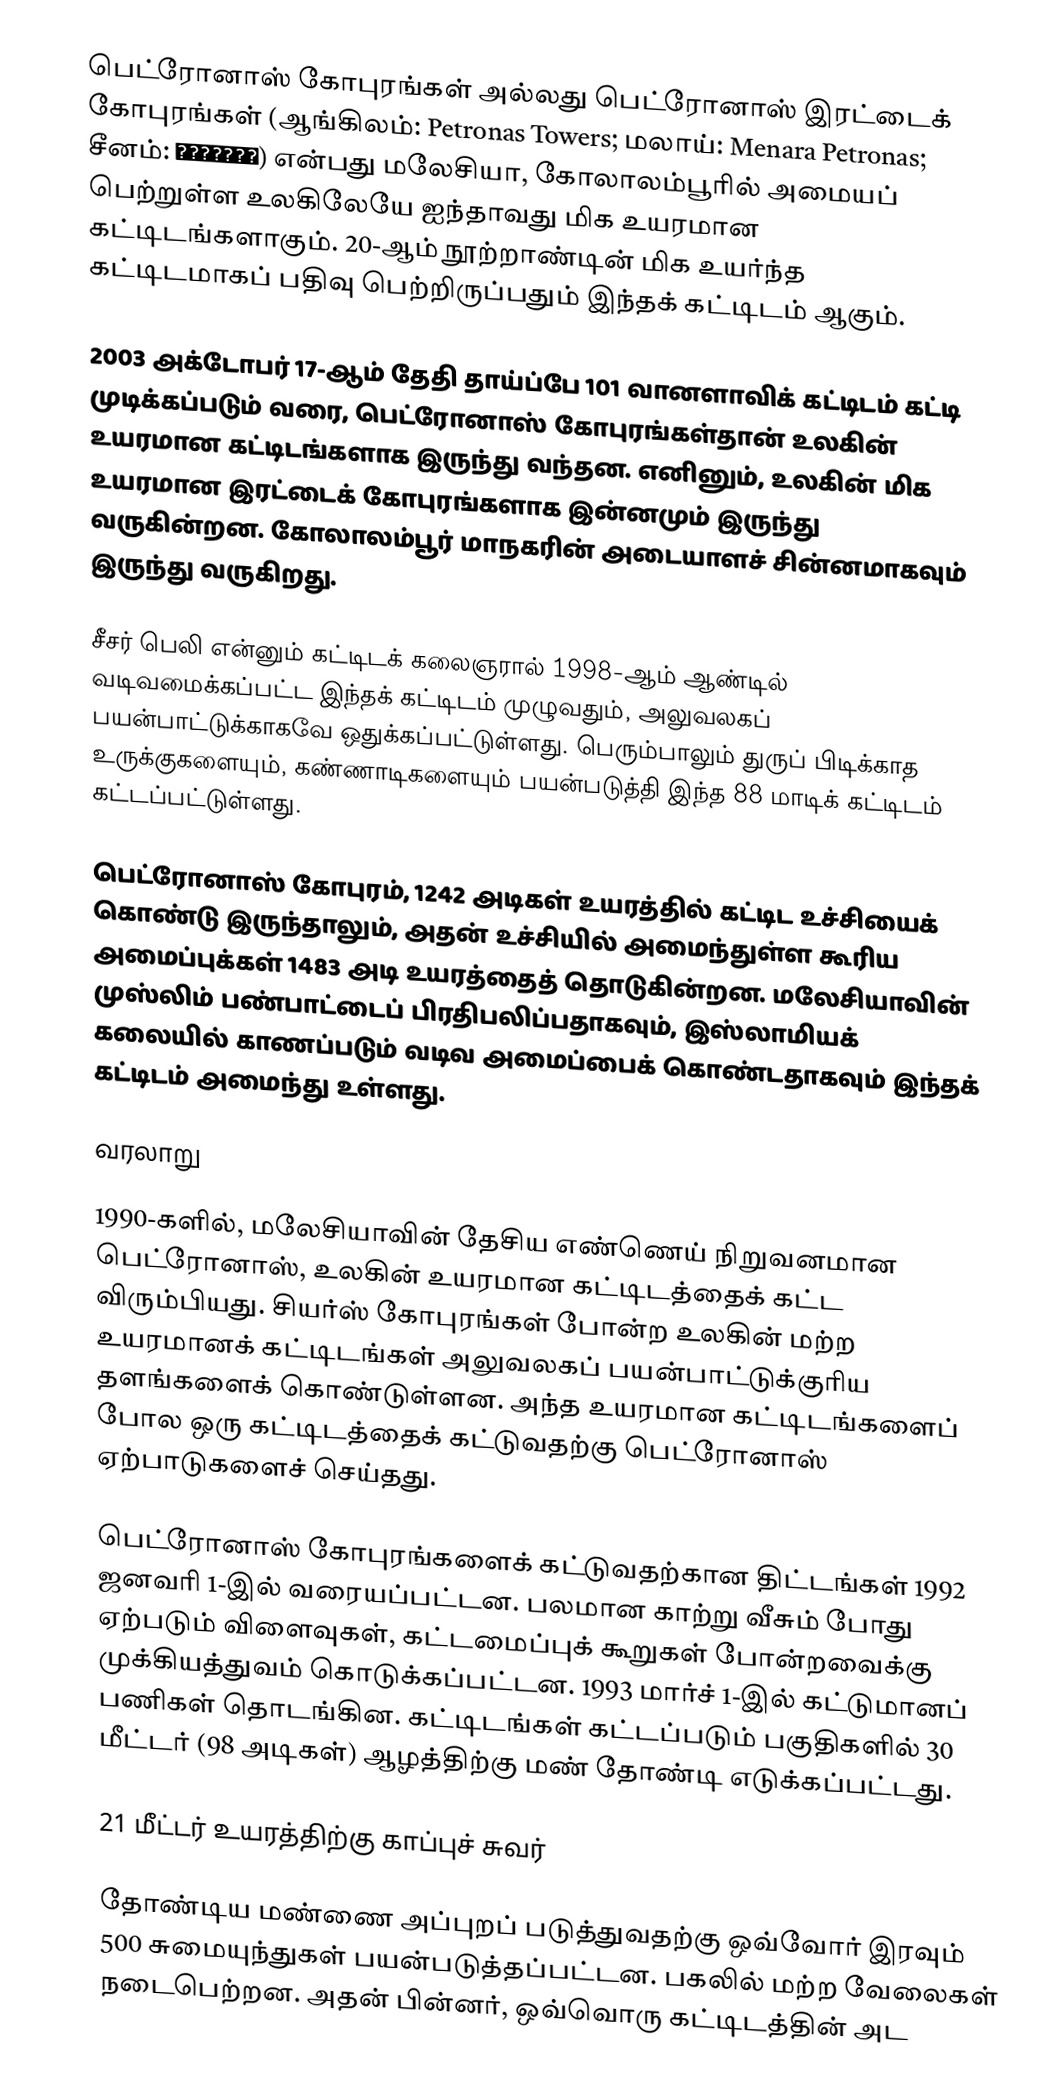
பெட்ரோனாஸ் கோபுரங்கள் அல்லது பெட்ரோனாஸ் இரட்டைக் கோபுரங்கள் (ஆங்கிலம்: Petronas Towers; மலாய்: Menara Petronas; சீனம்: 大马国油双峰塔) என்பது மலேசியா, கோலாலம்பூரில் அமையப் பெற்றுள்ள உலகிலேயே ஐந்தாவது மிக உயரமான கட்டிடங்களாகும். 20-ஆம் நூற்றாண்டின் மிக உயர்ந்த கட்டிடமாகப் பதிவு பெற்றிருப்பதும் இந்தக் கட்டிடம் ஆகும்.

2003 அக்டோபர் 17-ஆம் தேதி தாய்ப்பே 101 வானளாவிக் கட்டிடம் கட்டி முடிக்கப்படும் வரை, பெட்ரோனாஸ் கோபுரங்கள்தான் உலகின் உயரமான கட்டிடங்களாக இருந்து வந்தன. எனினும், உலகின் மிக உயரமான இரட்டைக் கோபுரங்களாக இன்னமும் இருந்து வருகின்றன. கோலாலம்பூர் மாநகரின் அடையாளச் சின்னமாகவும் இருந்து வருகிறது.

சீசர் பெலி என்னும் கட்டிடக் கலைஞரால் 1998-ஆம் ஆண்டில் வடிவமைக்கப்பட்ட இந்தக் கட்டிடம் முழுவதும், அலுவலகப் பயன்பாட்டுக்காகவே ஒதுக்கப்பட்டுள்ளது. பெரும்பாலும் துருப் பிடிக்காத உருக்குகளையும், கண்ணாடிகளையும் பயன்படுத்தி இந்த 88 மாடிக் கட்டிடம் கட்டப்பட்டுள்ளது.

பெட்ரோனாஸ் கோபுரம், 1242 அடிகள் உயரத்தில் கட்டிட உச்சியைக் கொண்டு இருந்தாலும், அதன் உச்சியில் அமைந்துள்ள கூரிய அமைப்புக்கள் 1483 அடி உயரத்தைத் தொடுகின்றன. மலேசியாவின் முஸ்லிம் பண்பாட்டைப் பிரதிபலிப்பதாகவும், இஸ்லாமியக் கலையில் காணப்படும் வடிவ அமைப்பைக் கொண்டதாகவும் இந்தக் கட்டிடம் அமைந்து உள்ளது.

வரலாறு

1990-களில், மலேசியாவின் தேசிய எண்ணெய் நிறுவனமான பெட்ரோனாஸ், உலகின் உயரமான கட்டிடத்தைக் கட்ட விரும்பியது. சியர்ஸ் கோபுரங்கள் போன்ற உலகின் மற்ற உயரமானக் கட்டிடங்கள் அலுவலகப் பயன்பாட்டுக்குரிய தளங்களைக் கொண்டுள்ளன. அந்த உயரமான கட்டிடங்களைப் போல ஒரு கட்டிடத்தைக் கட்டுவதற்கு பெட்ரோனாஸ் ஏற்பாடுகளைச் செய்தது.

பெட்ரோனாஸ் கோபுரங்களைக் கட்டுவதற்கான திட்டங்கள் 1992 ஜனவரி 1-இல் வரையப்பட்டன. பலமான காற்று வீசும் போது ஏற்படும் விளைவுகள், கட்டமைப்புக் கூறுகள் போன்றவைக்கு முக்கியத்துவம் கொடுக்கப்பட்டன. 1993 மார்ச் 1-இல் கட்டுமானப் பணிகள் தொடங்கின. கட்டிடங்கள் கட்டப்படும் பகுதிகளில் 30 மீட்டர் (98 அடிகள்) ஆழத்திற்கு மண் தோண்டி எடுக்கப்பட்டது.

21 மீட்டர் உயரத்திற்கு காப்புச் சுவர்

தோண்டிய மண்ணை அப்புறப் படுத்துவதற்கு ஒவ்வோர் இரவும் 500 சுமையுந்துகள் பயன்படுத்தப்பட்டன. பகலில் மற்ற வேலைகள் நடைபெற்றன. அதன் பின்னர், ஒவ்வொரு கட்டிடத்தின் அட